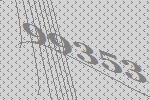
99353